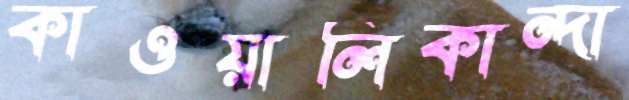
কাওয়ালিকান্দা